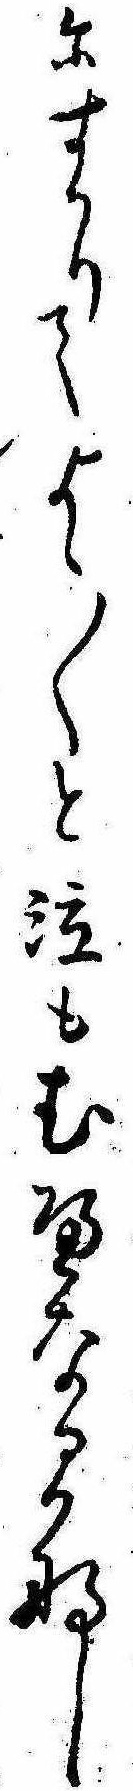
にすかりてよゝ〱と泣もむへなるかな